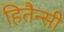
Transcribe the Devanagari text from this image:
हितैन्सी